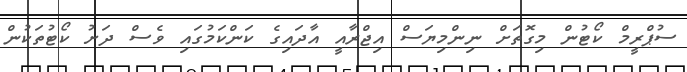
ސުޕްރީމް ކޯޓުން މިގޮތަށް ނިންމިިޔަސް އިޖްރާއީ އާދައިގެ ކަންކަމުގަައި ވެސް ދަށު ކޯޓުތަކުން